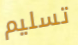
تسليم